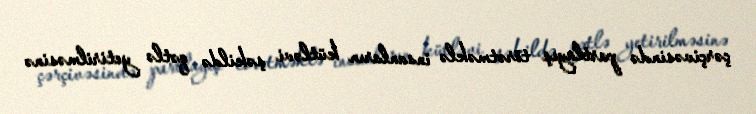
çərçivəsində partlayış törətməklə insanların kütləvi şəkildə qətlə yetirilməsinə